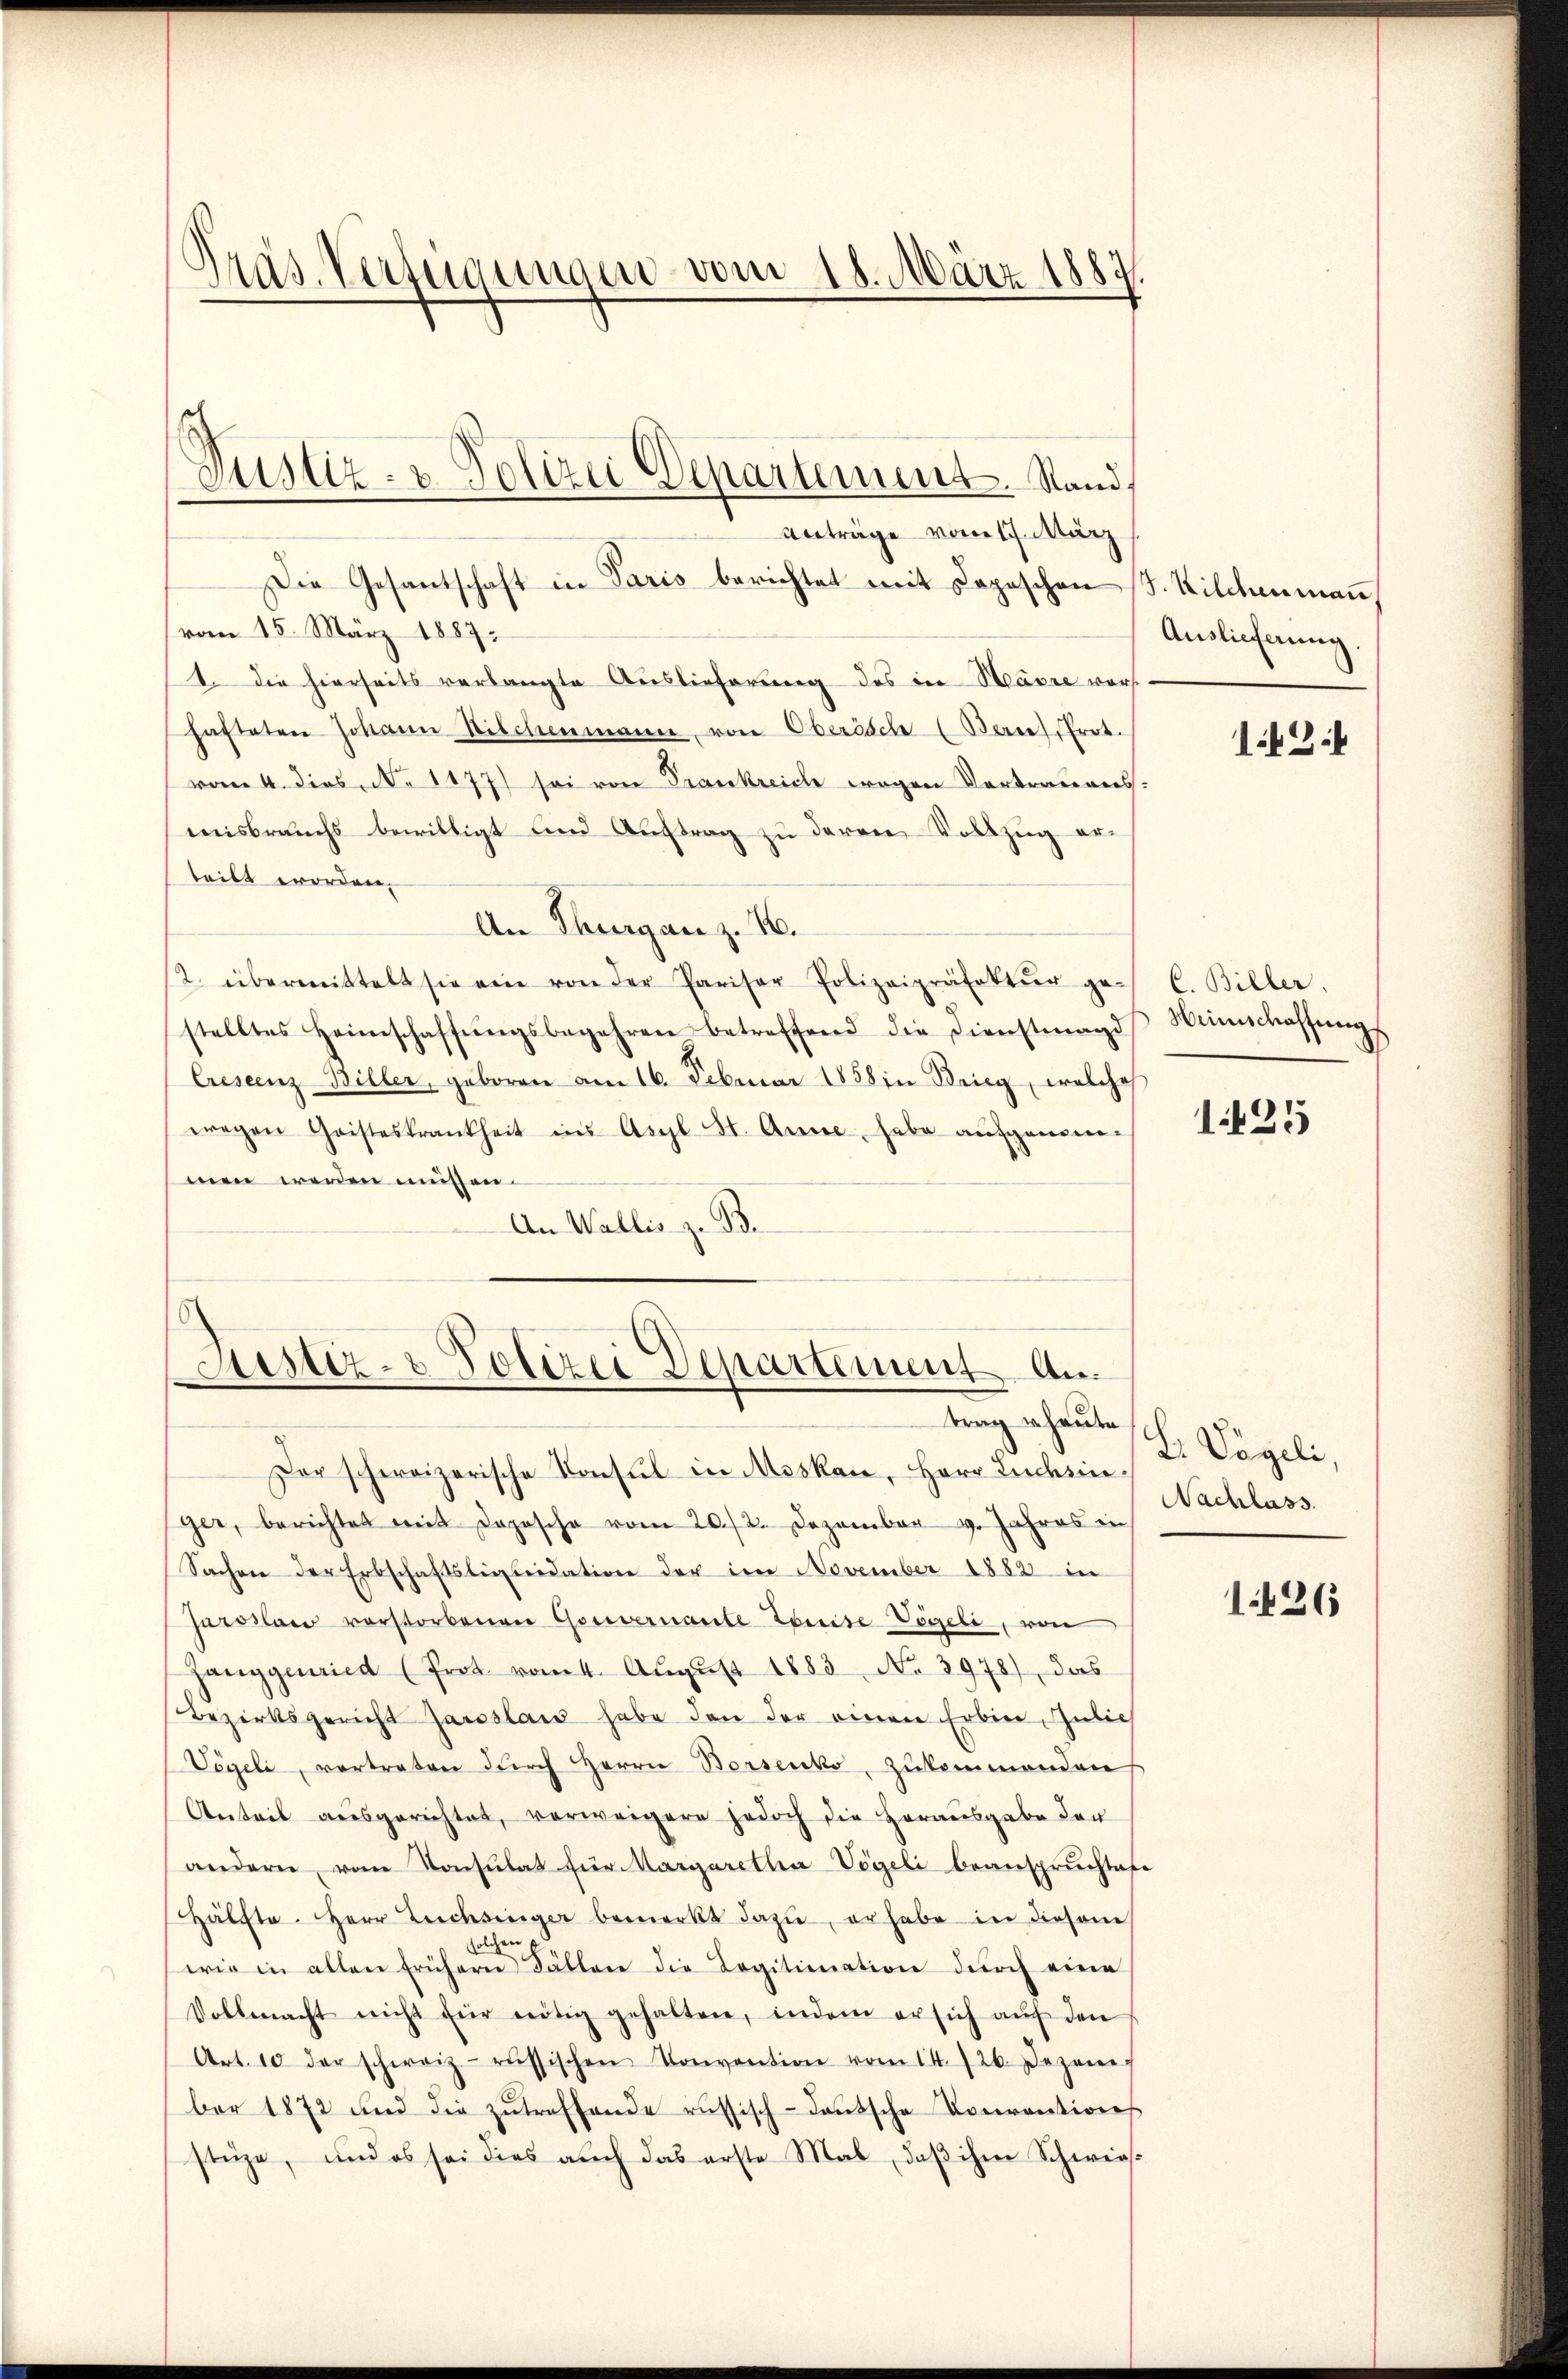
Präs. Verfügungen vom 18. März 1885

Die Gesantschaft in Paris berichtet mit Depeschen (T. Kilchenmann,
vom 15. März 1887
1. Die hierseits verlangte Auslieferung des in Havre vorshafteten Johann Nischenmann, von Oberösch (Bernes, Prot.
vom 4. dies No 1177) sei von Trankreich wegen Vertrauens-
misbrauchs bewilligt und Auftrag zu deren Vollzug erteilt worden.
An Thurgau z. 16.
2. übermittelt sie ein von der Pariser Polizeipräsektŭr ge- C. Biller,
stelltes Heimschaffŭngsbegehren betreffend die Dienstmagd Weinschaffŭngs
Crescenz-Biller, geboren am 16. Februar 1858 in Brieg, welches
wegen Geisteskrankheit ins Asyl St. Anne, habe aufgenom-
men werden müssen.
An Wallis z. B.

Justiz- & Polizei Departement. Stand,
Anträge vom 17. März

Astiz- & Polizei Departement An
trag heute

Der schweizerische Konsul in Moskau, Herr Luchsinger, berichtet mit Daposche vom 20./2. Dezember v. Jahres in
Sachen der Erbschaftsliquidation der im November 1882 in
Jaroslar verstorbenen Gouvernante Erreise Vögeli, von
Zanggenried (Prot. vom 4. Aŭgŭst 1883 No 3978), das
Bezirksgericht Jaroslais habe den der einen Erbier, Julich
Vögeli, vertreten durch Herrn Borsenko, zukommenden
Anteil ausgerichtet, verweigere jedoch die Herausgabe der
andern, vom Konsulat für Margaretha Vögeli beanspruchtete
Hälfte. Herr Leichsinger bemerkt dazu, er habe in diesem
solchen
wie in allen frühern Fällen die Legitimation dŭrch eine
Vollmacht nicht für nötig gehalten, indem er sich aŭf den
Art. 10 der schweiz. russischen Konvention vom 14. 726. Dezem
ber 1872 und die zŭtreffende russisch-deŭtsche Vorrentions
stüze, und es sei dies auch das erste Mal, daβ ihme Schwies

Auslieferung

1425

1424

L. Vögeli,
Nachlass.

1426